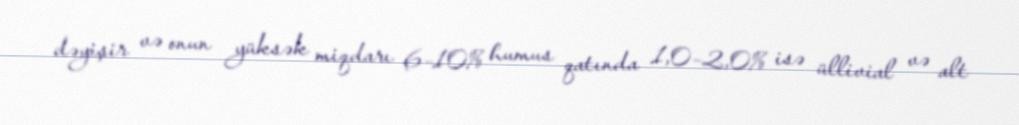
dəyişir və onun yüksək miqdarı 6–10% humus qatında 1,0–2,0% isə üllivial və alt